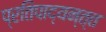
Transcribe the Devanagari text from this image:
प्रतिपाद्यन्त्त